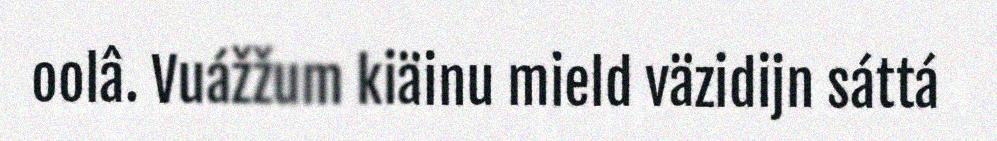
oolâ. Vuážžum kiäinu mield väzidijn sáttá